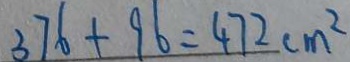
3 7 6 + 9 6 = 4 7 2 c m ^ { 2 }